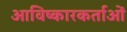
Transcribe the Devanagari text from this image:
आविष्कारकर्ताओं